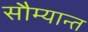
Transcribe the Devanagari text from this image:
सौम्यान्त